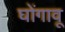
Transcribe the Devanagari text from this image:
घोंगावू